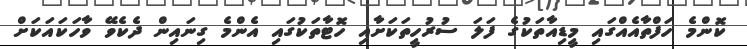
ކޮންމެ ހަފްތާއެއްގައި މީޑިއާތަކުގެ ފަލަ ސުރުހީތަކަށާއި ހޮޓާތަކުގައި އެންމެ ގިނައިން ދެކެވޭ ވާހަކައަކަށް